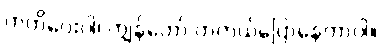
ကတိပေးပါ၊ ကျွန်တော် တကယ်ပြောနေတာပါ။